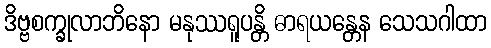
ဒိဗ္ဗစက္ခုလာဘိနော မနုဿရူပန္တိ ဓာရယန္တေန သေသဂါထာ